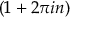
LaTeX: ( 1 + 2 \pi i n )